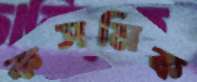
কসমিক